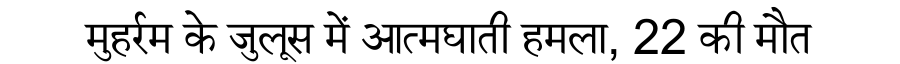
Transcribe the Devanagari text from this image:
मुहर्रम के जुलूस में आत्मघाती हमला, 22 की मौत